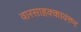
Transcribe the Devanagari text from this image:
वारसाहक्कावरुन